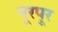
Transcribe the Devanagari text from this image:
नूरपूर